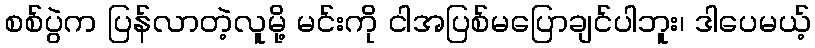
စစ်ပွဲက ပြန်လာတဲ့လူမို့ မင်းကို ငါအပြစ်မပြောချင်ပါဘူး၊ ဒါပေမယ့်